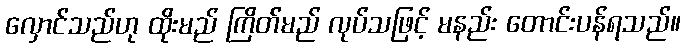
လှောင်သည်ဟု ထိုးမည် ကြိတ်မည် လုပ်သဖြင့် မနည်း တောင်းပန်ရသည်။